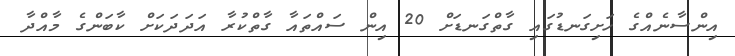
އިންސާނެއްގެ ހަށިގަނޑުގައި ގާތްގަނޑަށް 20 އިން ސައްތައާ ގާތްކުރާ އަދަދަކަށް ކާބަންގެ މާއްދާ